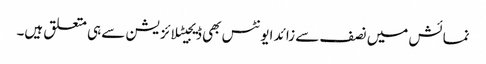
نمائش میں نصف سے زائد ایونٹس بھی ڈیجیٹلائزیشن سے ہی متعلق ہیں۔